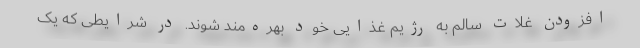
افزودن غلات سالم به رژیم غذایی خود بهره‌مند شوند. در شرایطی که یک